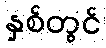
နှစ်တွင်